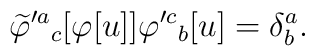
\widetilde \varphi'^a{}_c[\varphi[u]] \varphi'^c{}_b[u] = \delta^a_b.